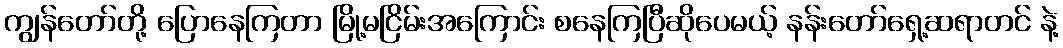
ကျွန်တော်တို့ ပြောနေကြတာ မြို့မငြိမ်းအကြောင်း စနေကြပြီဆိုပေမယ့် နန်းတော်ရှေ့ဆရာတင် နဲ့